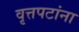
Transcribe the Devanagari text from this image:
वृत्तपटांना